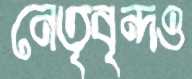
নেতৃবৃন্দও